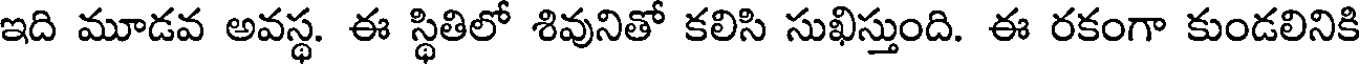
ఇది మూడవ అవస్థ. ఈ స్థితిలో శివునితో కలిసి సుఖిస్తుంది. ఈ రకంగా కుండలినికి